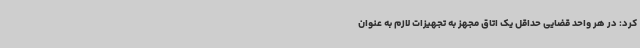
کرد: در هر واحد قضایی حداقل یک اتاق مجهز به تجهیزات لازم به عنوان